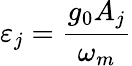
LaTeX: \varepsilon_{j}=\frac{g_{0}A_{j}}{\omega_{m}}